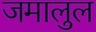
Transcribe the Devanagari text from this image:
जमालुल